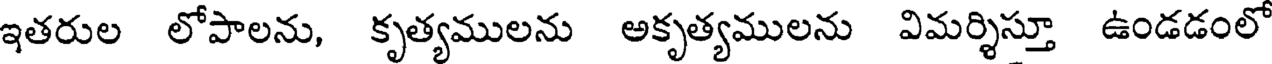
ఇతరుల లోపాలను, కృత్యములను అకృత్యములను విమర్శిస్తూ ఉండడంలో